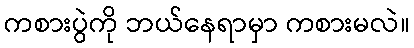
ကစားပွဲကို ဘယ်နေရာမှာ ကစားမလဲ။